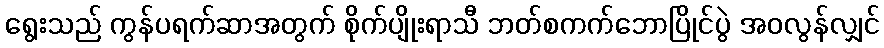
ရွေးသည် ကွန်ပရက်ဆာအတွက် စိုက်ပျိုးရာသီ ဘတ်စကက်ဘောပြိုင်ပွဲ အဝလွန်လျှင်